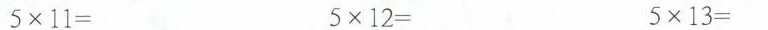
5\times11= 5\times12= 5\times13=